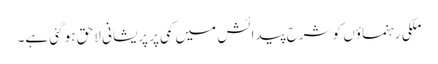
ملکی رہنماؤں کو شرحِ پیدائش میں کمی پر پریشانی لاحق ہو گئی ہے۔